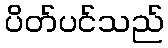
ပိတ်ပင်သည်